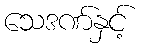
သေဒဏ်နှင့်